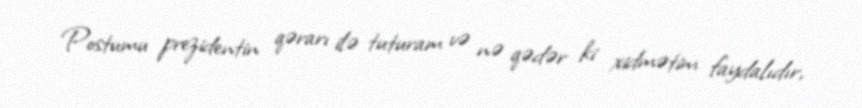
Postumu prezidentin qərarı ilə tuturam və nə qədər ki xidmətim faydalıdır,